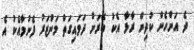
ދެ އަންހެން ކުދިން ރާޅާ އެކު ބޭރަށް ދަމައިގަތް މަންޒަރު ފެނުމާއެކު އެ